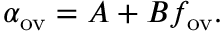
\alpha _ { \mathrm { o v } } = A + B f _ { \mathrm { o v } } .